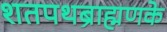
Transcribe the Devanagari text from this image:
शतपथब्राह्मणके